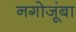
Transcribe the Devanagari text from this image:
नगोजूंबा